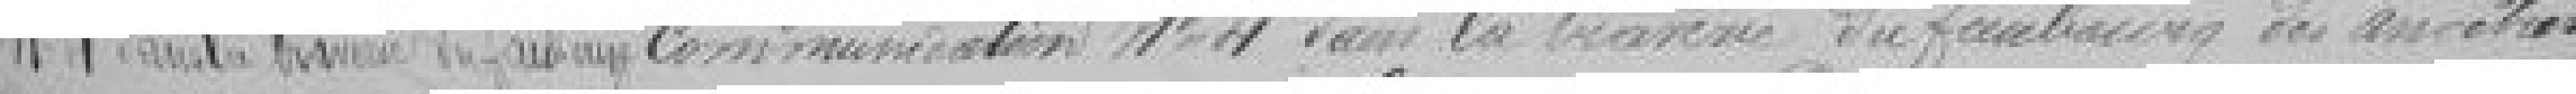
n°4 dans la traversée du faubourg communication n°4 dans la traversée du faubourg des ancêtres